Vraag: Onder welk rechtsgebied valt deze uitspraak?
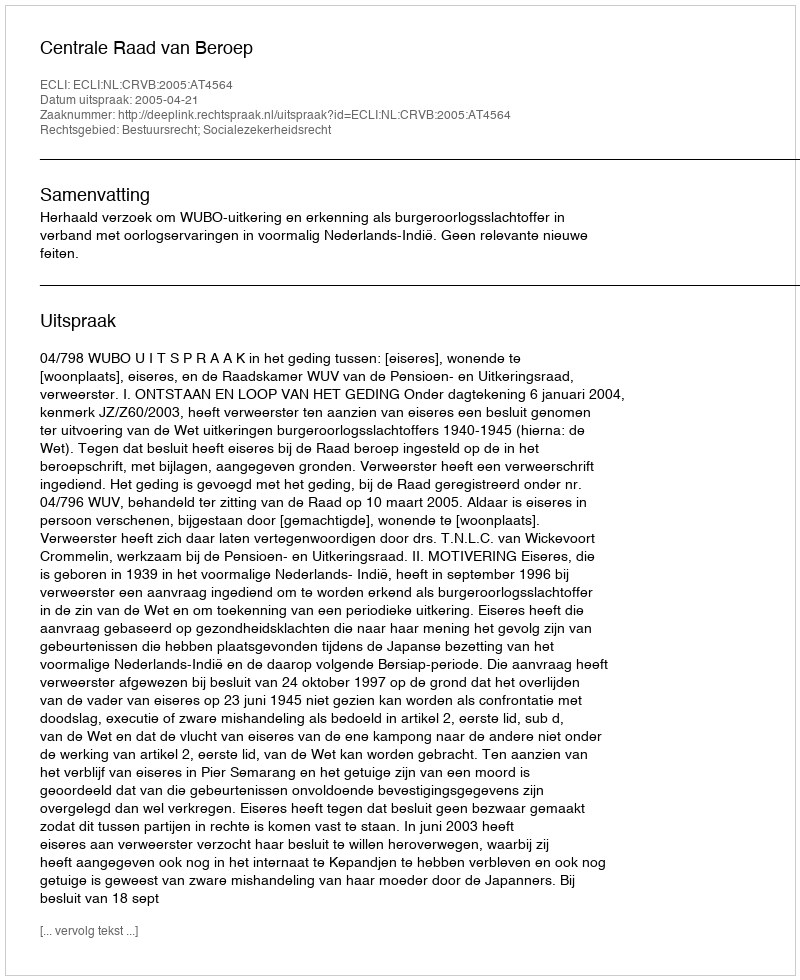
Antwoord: Bestuursrecht; Socialezekerheidsrecht